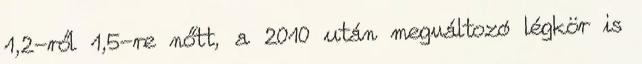
1,2-ről 1,5-re nőtt, a 2010 után megváltozó légkör is